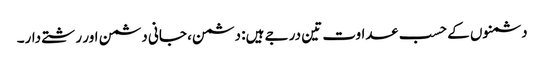
دشمنوں کے حسب عداوت تین درجے ہیں: دشمن، جانی دشمن اور رشتے دار۔